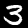
Label: 3